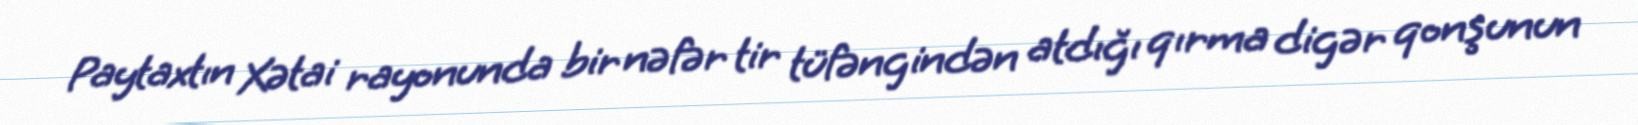
Paytaxtın Xətai rayonunda bir nəfər tir tüfəngindən atdığı qırma digər qonşunun